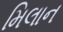
મિલાન